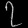
Digit: ၇